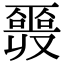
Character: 𠮎